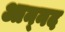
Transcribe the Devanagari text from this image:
आन्‍नद